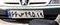
۶۶س۴۹۵۱۹